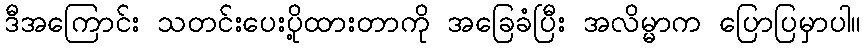
ဒီအကြောင်း သတင်းပေးပို့ထားတာကို အခြေခံပြီး အလိမ္မာက ပြောပြမှာပါ။